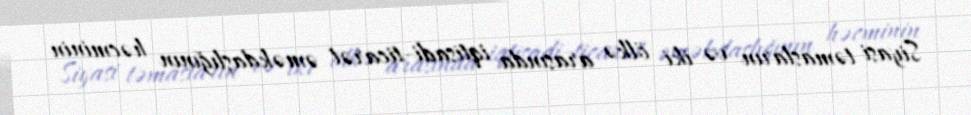
Siyasi təmasların və iki ölkə arasında iqtisadi-ticarət əməkdaşlığının həcminin